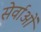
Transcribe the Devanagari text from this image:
सेर्वाओं